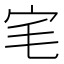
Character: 宒